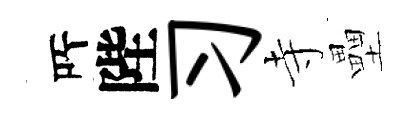
𠩄陛习寺壘